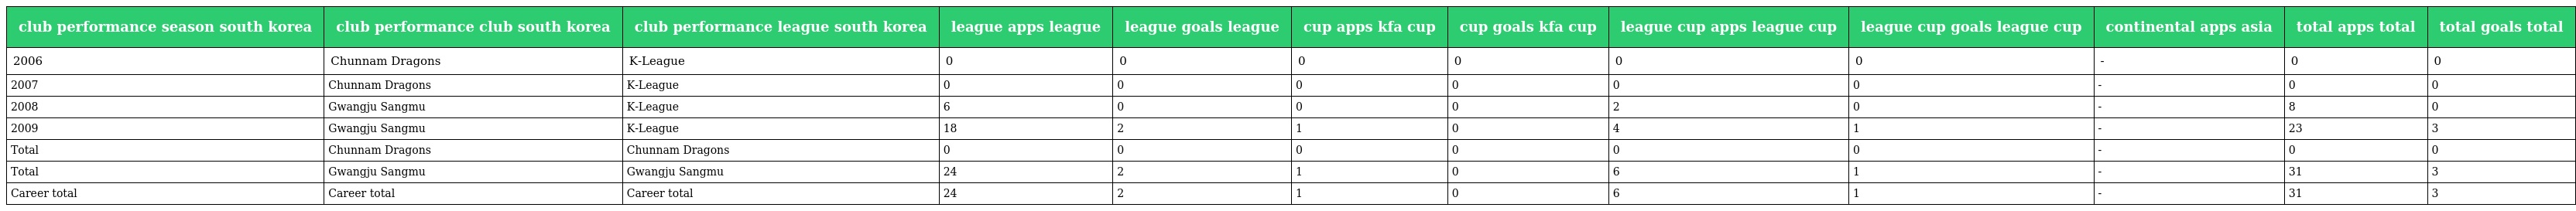
| club performance season south korea | club performance club south korea | club performance league south korea | league apps league | league goals league | cup apps kfa cup | cup goals kfa cup | league cup apps league cup | league cup goals league cup | continental apps asia | total apps total | total goals total |
 | --- | --- | --- | --- | --- | --- | --- | --- | --- | --- | --- | --- |
 | 2006 | Chunnam Dragons | K-League | 0 | 0 | 0 | 0 | 0 | 0 | - | 0 | 0 |
 | 2007 | Chunnam Dragons | K-League | 0 | 0 | 0 | 0 | 0 | 0 | - | 0 | 0 |
 | 2008 | Gwangju Sangmu | K-League | 6 | 0 | 0 | 0 | 2 | 0 | - | 8 | 0 |
 | 2009 | Gwangju Sangmu | K-League | 18 | 2 | 1 | 0 | 4 | 1 | - | 23 | 3 |
 | Total | Chunnam Dragons | Chunnam Dragons | 0 | 0 | 0 | 0 | 0 | 0 | - | 0 | 0 |
 | Total | Gwangju Sangmu | Gwangju Sangmu | 24 | 2 | 1 | 0 | 6 | 1 | - | 31 | 3 |
 | Career total | Career total | Career total | 24 | 2 | 1 | 0 | 6 | 1 | - | 31 | 3 |